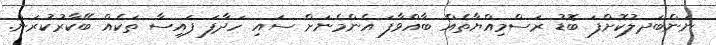
ނަންބަދލުކޮށްފަ ބޮޑު ރަސްމިއްޔާތެއް ބާއްވާފަ އެންމެނަށް ސައި ހަދާފަ ފައިސާ ތަކެއް ބޭކާރުކުރަން.